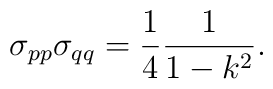
\sigma _{pp}\sigma _{qq}=\frac {1}{4}\frac {1}{1-k^{2}}.